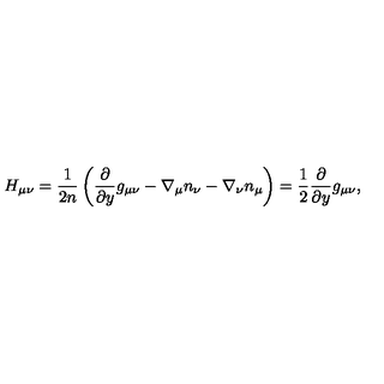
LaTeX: H _ { \mu \nu } = \frac 1 { 2 n } \left( \frac { \partial } { \partial y } g _ { \mu \nu } - \nabla _ { \mu } n _ { \nu } - \nabla _ { \nu } n _ { \mu } \right) = \frac 1 2 \frac { \partial } { \partial y } g _ { \mu \nu } ,